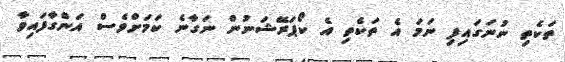
ތަކެތި ނުނަގައިފި ނަމަ އެ ތަކެތި އެ ކޯޕަރޭޝަނުން ނަގާނެ ކަމަށްވެސް އަންގާފައިވާ